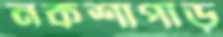
নকশাপাড়